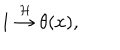
LaTeX: 1 \stackrel { { \cal H } } { \rightarrow } \theta ( x ) ,